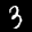
Label: 3